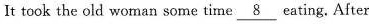
It took the old woman some time \underline{8} eating. After